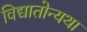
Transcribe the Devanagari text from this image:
विद्यातोन्यथा